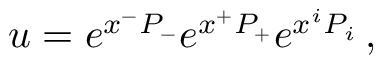
u = e ^ { x ^ { - } P _ { - } } e ^ { x ^ { + } P _ { + } } e ^ { x ^ { i } P _ { i } } \, ,